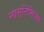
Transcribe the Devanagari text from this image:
नास्टिसिज्म